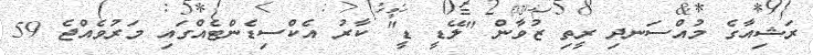
ރަޝިއާގެ މުއްސަނދި ރީތި ޒުވާން "ލޭޑީ ޑީ" ކާރު އެކްސިޑެންޓެއްގައި މަރުވެއްޖެ 59